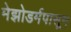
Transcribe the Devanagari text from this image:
मेझोडर्मपासून